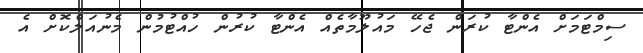
ސިމްޓަމަށް އެންޓާ ކުރަން ޖެހޭ މައުލޫމާތެއް އެންޓާ ކުރުން ހުއްޓުމުން މެނުއަލްކޮށް އެ